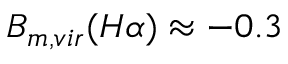
B _ { m , v i r } ( H \alpha ) \approx - 0 . 3